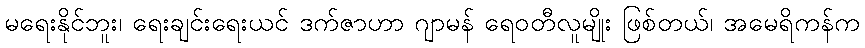
မရေးနိုင်ဘူး၊ ရေးချင်းရေးယင် ဒက်ဇာဟာ ဂျာမန် ရေဝတီလူမျိုး ဖြစ်တယ်၊ အမေရိကန်က